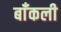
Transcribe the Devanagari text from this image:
बाँकली